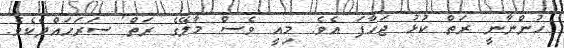
ހުންނާނީ ރަތް ކުޅު ޖަހާފަ އެވެ. މިއީ ވެސް މާލޭގެ ރަތް ސަރަހައްދެކެވެ.